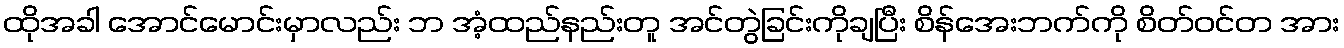
ထိုအခါ အောင်မောင်းမှာလည်း ဘ အံ့ထည်နည်းတူ အင်တွဲခြင်းကိုချပြီး စိန်အေးဘက်ကို စိတ်ဝင်တ အား